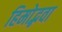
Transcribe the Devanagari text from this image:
हिमोद्भवा